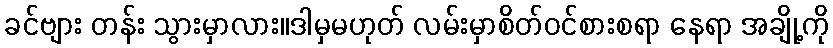
ခင်ဗျား တန်း သွားမှာလား။ဒါမှမဟုတ် လမ်းမှာစိတ်ဝင်စားစရာ နေရာ အချို့ကို